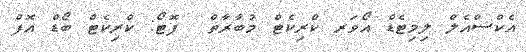
އެކްސްއެލް ލިމިޓެޑް އޯވަރ ކްރިކެޓް މުބާރާތް  ފޮޓޯ: ކްރިކެޓް ބޯޑް އޮފް